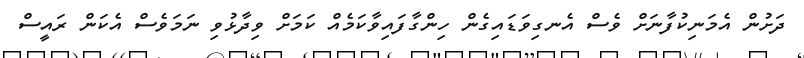
ދަށުން އެމަނިކުފާނަށް ވެސް އެނގިވަޑައިގެން ހިންގާފައިވާކަމެއް ކަމަށް ވިދާޅުވި ނަމަވެސް އެކަން ރައީސް